Civil Veterinary Department ledger series I-VI
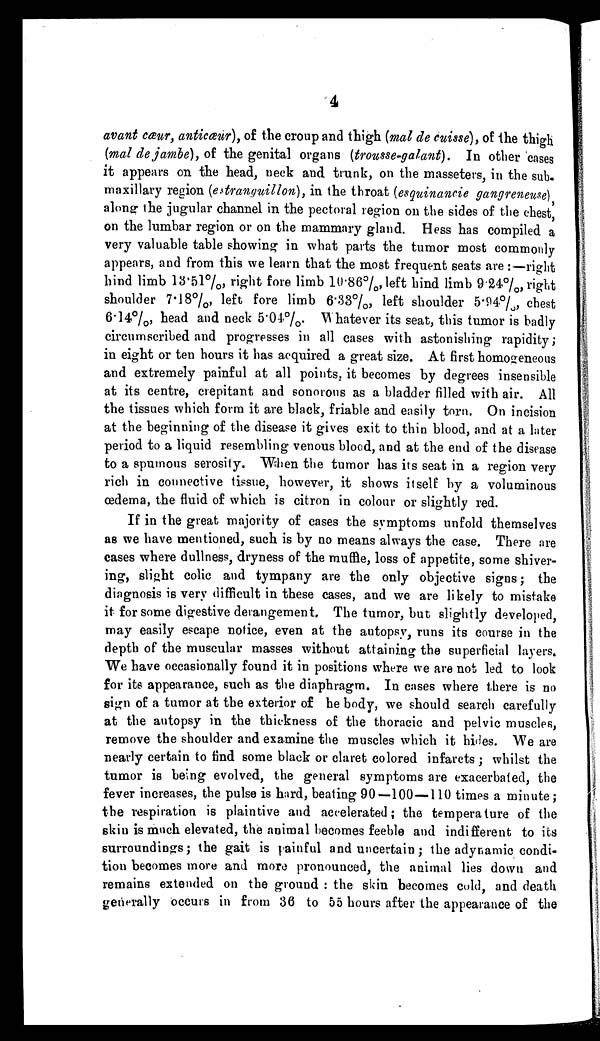
4
avant cæur, anticæur), of the croup and thigh (mal de cuisse), of the thigh
(mal de jambe), of the genital organs (trousse-galant). In other cases
it appears on the head, neck and trunk, on the masseters, in the sub-
maxillary region (estranguillon), in the throat (esquinancie gangreneuse)
along the jugular channel in the pectoral region on the sides of the chest,
on the lumbar region or on the mammary gland. Hess has compiled a
very valuable table showing in what parts the tumor most commonly
appears, and from this we learn that the most frequent seats are :—right
hind limb 13.51%, right fore limb 10.86%, left hind limb 9.24%, right
shoulder 7.18%, left fore limb 6.33%, left shoulder 5.94%, chest
6.14%, head and neck 5.04%. Whatever its seat, this tumor is badly
circumscribed and progresses in all cases with astonishing rapidity ;
in eight or ten hours it has acquired a great size. At first homogeneous
and extremely painful at all points, it becomes by degrees insensible
at its centre, crepitant and sonorous as a bladder filled with air. All
the tissues which form it are black, friable and easily torn. On incision
at the beginning of the disease it gives exit to thin blood, and at a later
period to a liquid resembling venous blood, and at the end of the disease
to a spumous serosity. When the tumor has its seat in a region very
rich in connective tissue, however, it shows itself by a voluminous
œdema, the fluid of which is citron in colour or slightly red.
If in the great majority of cases the symptoms unfold themselves
as we have mentioned, such is by no means always the case. There are
cases where dullness, dryness of the muffle, loss of appetite, some shiver-
ing, slight colic and tympany are the only objective signs; the
diagnosis is very difficult in these cases, and we are likely to mistake
it for some digestive derangement. The tumor, but slightly developed,
may easily escape notice, even at the autopsy, runs its course in the
depth of the muscular masses without attaining the superficial layers.
We have occasionally found it in positions where we are not led to look
for its appearance, such as the diaphragm. In cases where there is no
sign of a tumor at the exterior of he body, we should search carefully
at the autopsy in the thickness of the thoracic and pelvic muscles,
remove the shoulder and examine the muscles which it hides. We are
nearly certain to find some black or claret colored infarcts; whilst the
tumor is being evolved, the general symptoms are exacerbated, the
fever increases, the pulse is hard, beating 90—100—110 times a minute;
the respiration is plaintive and accelerated; the temperature of the
skin is much elevated, the animal becomes feeble and indifferent to its
surroundings; the gait is painful and uncertain; the adynamic condi-
tion becomes more and more pronounced, the animal lies down and
remains extended on the ground: the skin becomes cold, and death
generally occurs in from 36 to 55 hours after the appearance of the